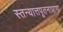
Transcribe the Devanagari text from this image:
स्तन्यात्तपूतनाप्राणः